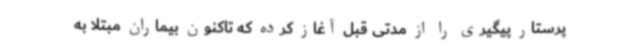
پرستار پیگیری را از مدتی قبل آغاز کرده که تاکنون بیماران مبتلا به